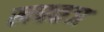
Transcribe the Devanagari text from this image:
खघकञ